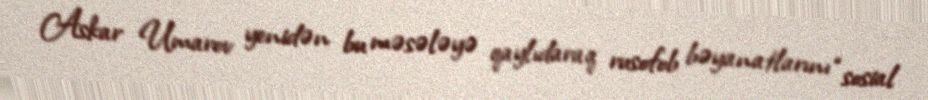
Askar Umarov yenidən bu məsələyə qaylıdaraq rusofob bəyanatlarını “sosial